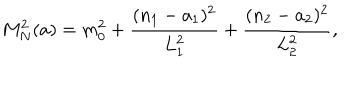
LaTeX: M _ { N } ^ { 2 } ( a ) = m _ { 0 } ^ { 2 } + \frac { ( n _ { 1 } - a _ { 1 } ) ^ { 2 } } { L _ { 1 } ^ { 2 } } + \frac { ( n _ { 2 } - a _ { 2 } ) ^ { 2 } } { L _ { 2 } ^ { 2 } } ,